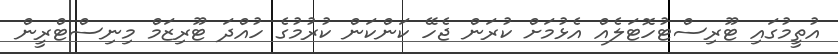
އުތީމުގައި ޓޫރިސްޓުހޮޓަލެއް އެޅުމަށް ކުރަން ޖެހޭ ކަންކަން ކުރުމުގެ ހުއްދަ ޓޫރިޒަމް މިނިސްޓްރީން